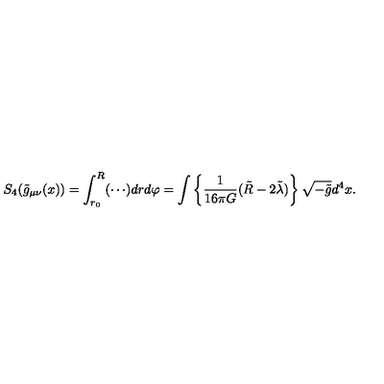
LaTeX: S _ { 4 } ( \tilde { g } _ { \mu \nu } ( x ) ) = \int _ { r _ { 0 } } ^ { R } ( \cdots ) d r d \varphi = \int \left\{ \frac { 1 } { 1 6 \pi G } ( \tilde { R } - 2 \tilde { \lambda } ) \right\} \sqrt { - \tilde { g } } d ^ { 4 } x .